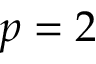
p = 2